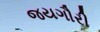
જયગૌરી